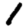
Digit: 1